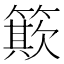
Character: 𥳽